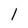
Character: 1